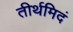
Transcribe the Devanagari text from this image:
तीर्थमिदं